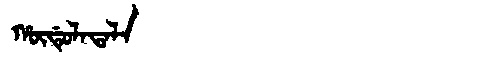
Manchu: ᡥᡡᡩᡠᠯᠠᡨᠠᠯᠠ
Romanization: HŪDULATALA